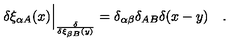
\delta \xi _ { \alpha A } ( x ) \Big | _ { \frac { \delta } { \delta \xi _ { \beta B } ( y ) } } = \delta _ { \alpha \beta } \delta _ { A B } \delta ( x - y ) \quad .